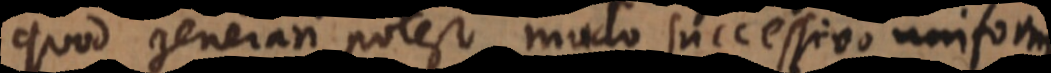
quod generari potest modo successivo uniformi